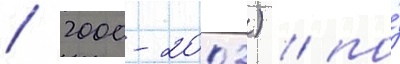
/ 2000-2003) / по́